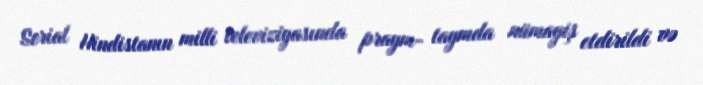
Serial Hindistanın milli televiziyasında praym- taymda nümayiş etdirildi və